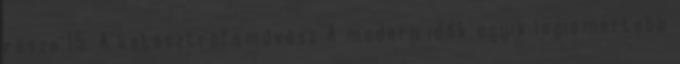
része 15. A katasztrófaművész A modern idők egyik legismertebb